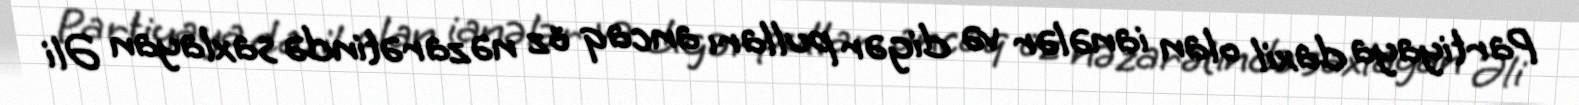
Partiyaya daxil olan ianələr və digər pulları ancaq öz nəzarətində saxlayan Əli